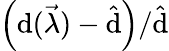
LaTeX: \left(\mathrm{d}(\vec{{\lambda}})-\hat{{\mathrm{d}}}\right)/\hat{{\mathrm{d}}}